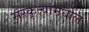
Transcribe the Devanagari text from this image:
संस्कृत्यांमधील